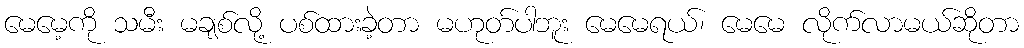
မေမေ့ကို သမီး မချစ်လို့ ပစ်ထားခဲ့တာ မဟုတ်ပါဘူး မေမေရယ်၊ မေမေ လိုက်လာမယ်ဆိုတာ